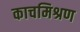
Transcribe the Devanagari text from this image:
काचमिश्रण